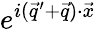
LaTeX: e^{i(\vec{q}^{\prime}+\vec{q})\cdot\vec{x}}